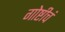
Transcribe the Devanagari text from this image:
गोष्टीचं